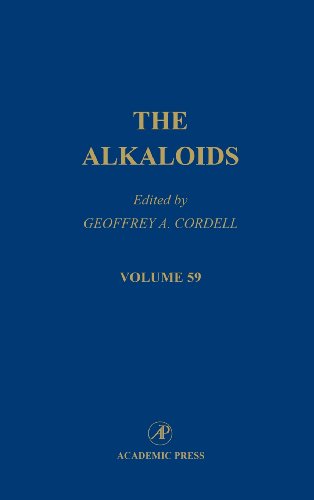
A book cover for The Alkaloids: Chemistry and Biology (Volume 59); Science & Math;